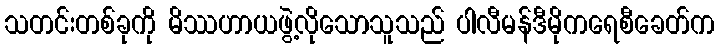
သတင်းတစ်ခုကို မိဿဟာယဖွဲ့လိုသောသူသည် ပါလီမန်ဒီမိုကရေစီခေတ်က